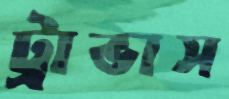
ট্রাভাস